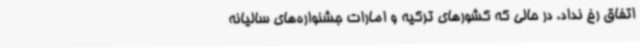
اتفاق رخ نداد. در حالی که کشورهای ترکیه و امارات جشنواره‌های سالیانه